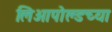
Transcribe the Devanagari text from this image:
लिओपोल्डच्या